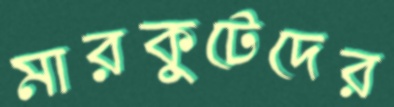
মারকুটেদের